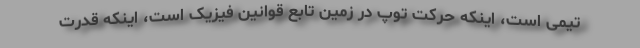
تیمی است، اینکه حرکت توپ در زمین تابع قوانین فیزیک است، اینکه قدرت